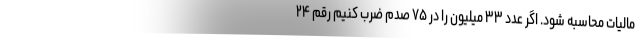
مالیات محاسبه شود. اگر عدد ۳۳ میلیون را در ۷۵ صدم ضرب کنیم رقم ۲۴